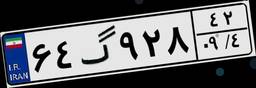
۶۴گ۹۲۸۴۲